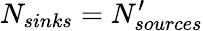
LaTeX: N_{sinks}=N_{sources}^{\prime}